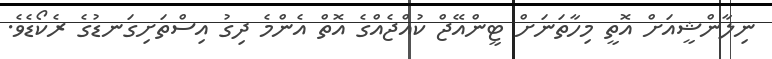
ނިލާންޝީއަށް އޮތީ މިހާތަނަށް ޓީންއޭޖް ކުއްޖެއްގެ އޮތް އެންމެ ދިގު އިސްތަށިގަނޑުގެ ރެކޯޑެވެ.